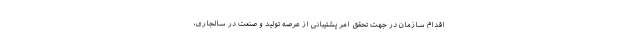
اقدام سازمان در جهت تحقق امر پشتیبانی از عرصه تولید و صنعت در سالجاری،